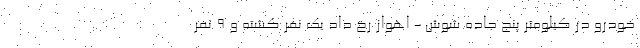
خودرو در کیلومتر پنج جاده شوش - اهواز رخ داد یک‌ نفر کشته و ۹ نفر